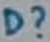
Text: D?